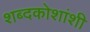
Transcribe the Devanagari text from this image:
शब्दकोशांशी